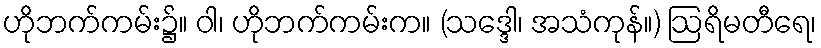
ဟိုဘက်ကမ်း၌။ ဝါ၊ ဟိုဘက်ကမ်းက။ (သဒ္ဒေါ၊ အသံကုန်။) ဩရိမတီရေ၊